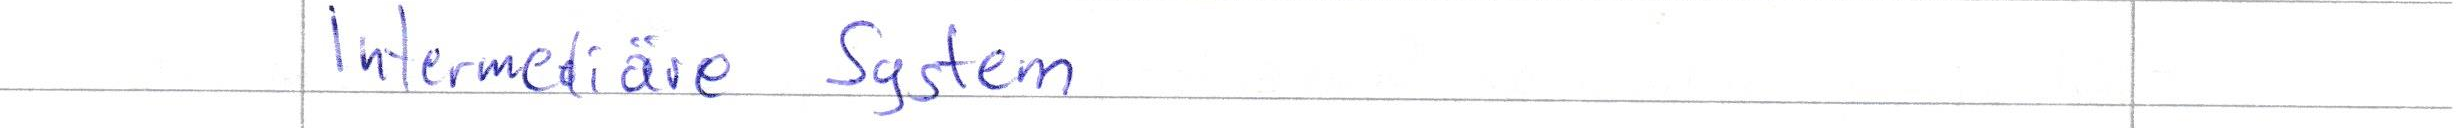
Intermediäre System